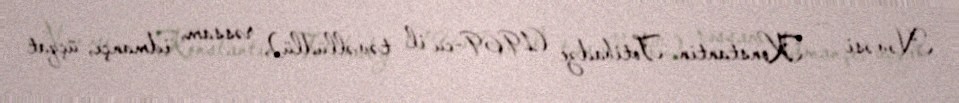
Nəvəsi — Konstantin Totibadze (1969-cu il təvəllüdlü), rəssam, idmançı, üçqat